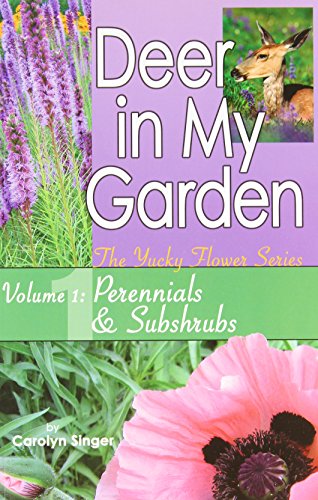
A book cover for Deer in My Garden Volume 1: Perennials & Subshrubs (Yucky Flower Series); Carolyn Singer; Crafts, Hobbies & Home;